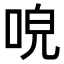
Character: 𠴡